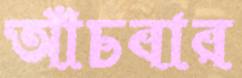
আঁচবার